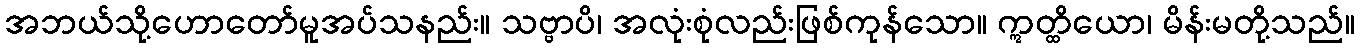
အဘယ်သို့ဟောတော်မူအပ်သနည်း။ သဗ္ဗာပိ၊ အလုံးစုံလည်းဖြစ်ကုန်သော။ ဣတ္ထိယော၊ မိန်းမတို့သည်။